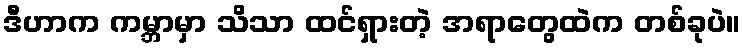
ဒီဟာက ကမ္ဘာမှာ သိသာ ထင်ရှားတဲ့ အရာတွေထဲက တစ်ခုပဲ။